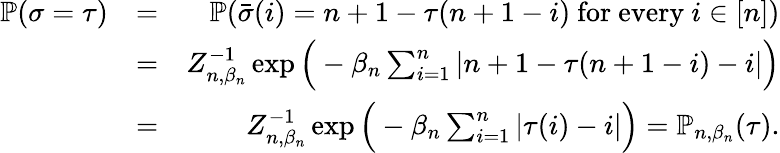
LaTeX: \begin{array}{rlr}{\mathbb{P}(\sigma=\tau)}&{=}&{\mathbb{P}(\bar{\sigma}(i)=n+1-\tau(n+1-i)\mathrm{~for~every~}i\in[n])}\\ &{=}&{Z_{n,\beta_{n}}^{-1}\exp\Big(-\beta_{n}\sum_{i=1}^{n}|n+1-\tau(n+1-i)-i|\Big)}\\ &{=}&{Z_{n,\beta_{n}}^{-1}\exp\Big(-\beta_{n}\sum_{i=1}^{n}|\tau(i)-i|\Big)=\mathbb{P}_{n,\beta_{n}}(\tau).}\end{array}